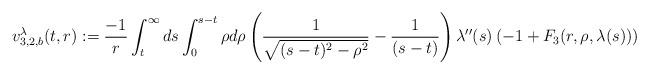
LaTeX: \begin{align*} v_{3,2,b}^{\lambda}(t,r) := \frac{-1}{r} \int_{t}^{\infty} ds \int_{0}^{s-t} \rho d\rho \left(\frac{1}{\sqrt{(s-t)^{2}-\rho^{2}}}-\frac{1}{(s-t)}\right) \lambda''(s) \left(-1+F_{3}(r,\rho,\lambda(s))\right)\end{align*}